Problem: 7 × 6 = ?
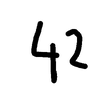
Handwritten answer: 42